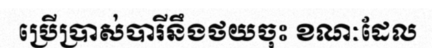
ប្រើប្រាស់បារីនឹងថយចុះ ខណៈដែល